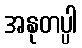
အနုတပ္ပါ